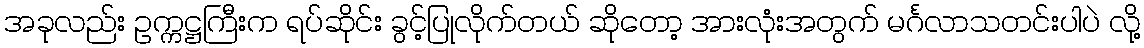
အခုလည်း ဥက္ကဋ္ဌကြီးက ရပ်ဆိုင်း ခွင့်ပြုလိုက်တယ် ဆိုတော့ အားလုံးအတွက် မင်္ဂလာသတင်းပါပဲ လို့